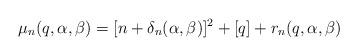
LaTeX: \begin{align*} {\mu _n}(q, \alpha, \beta) = {[n + {\delta _n}(\alpha ,\beta )]^2} + [q] + {r_n}(q, \alpha, \beta) \end{align*}